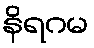
နိရဂမ